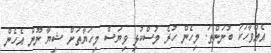
އެއްވާހަކަ ބުނަންތަ. މިހެން ހުރެ މުސްކުޅި ވިޔަސް މިހަޔާތަށް ޝިޔާ ނޫން އެހެން